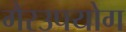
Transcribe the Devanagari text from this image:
गैरउपयोग